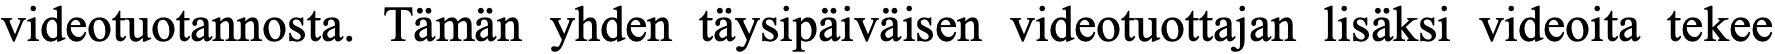
videotuotannosta. Tämän yhden täysipäiväisen videotuottajan lisäksi videoita tekee